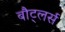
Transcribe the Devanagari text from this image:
बौट्लर्स